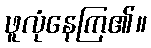
ဖူလုံနေကြ၏။